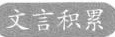
文言积累